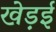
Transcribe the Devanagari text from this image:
खेड़ई